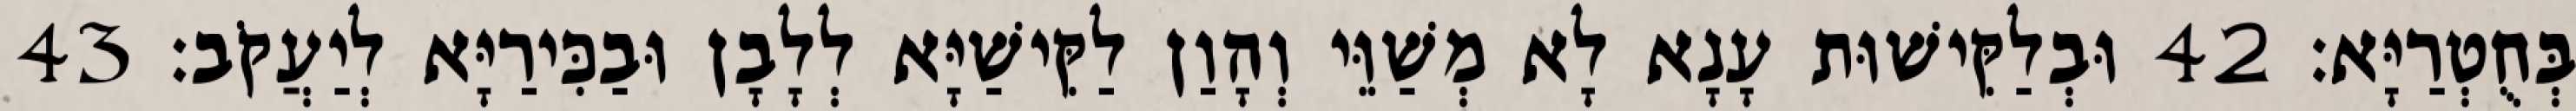
בְּחֻטְרַיָּא׃ 42 וּבְלַקִּישׁוּת עָנָא לָא מְשַׁוֵּי וְהָוַן לַקִּישַׁיָּא לְלָבָן וּבַכִּירַיָּא לְיַעֲקֹב׃ 43